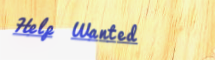
Help Wanted